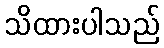
သိထားပါသည်